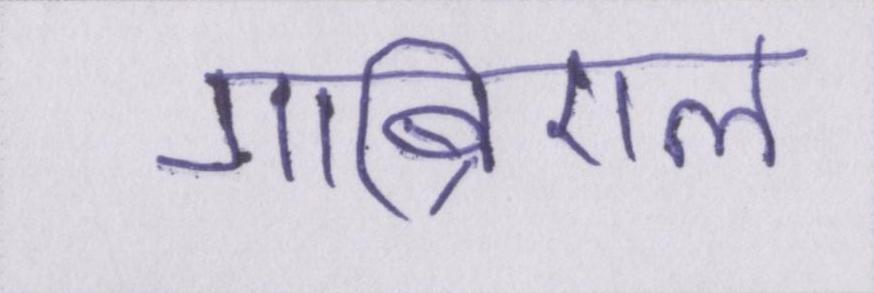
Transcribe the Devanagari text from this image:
गाब्रिएल